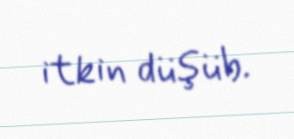
itkin düşüb.